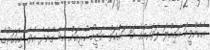
އެހެންވީމަ އަމިއްލަ ލަވައެއްގެ މަސައްކަތް ނަޒީހު ކުރިއަށް އެބަ ގެންދެ އެވެ. މިއަހަރުގެ